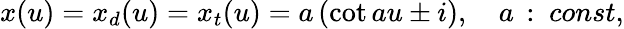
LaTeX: x(u)=x_{d}(u)=x_{t}(u)=a\, (\cot au\pm i),\quad a\, :\ const,